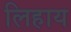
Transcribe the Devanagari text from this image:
लिहाय